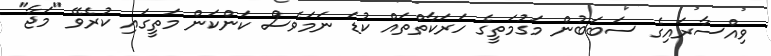
ވިއްސާރައިގެ ސަބަބުން މަގުމަތީގެ ހަރަކާތްތައް ކުޑަ ނަމަވެސް ކަންކަން މަތީގައި ކުރެވޭ "މަޖާ"